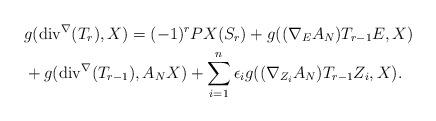
LaTeX: \begin{align*} &g(\mathrm{div}^{\nabla}(T_{r}),X)=(-1)^{r}PX(S_{r})+g((\nabla_{E}A_{N})T_{r-1}E,X)\\ &+g(\mathrm{div}^{\nabla}(T_{r-1}),A_{N}X)+\sum_{i=1}^{n}\epsilon_{i}g((\nabla_{Z_{i}}A_{N})T_{r-1}Z_{i},X).\end{align*}